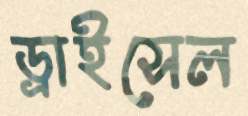
ড্রাইসেল